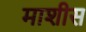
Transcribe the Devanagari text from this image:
माशीस